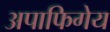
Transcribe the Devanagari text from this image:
अपाफिगेय